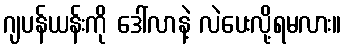
ဂျပန်ယန်းကို ဒေါ်လာနဲ့ လဲပေးလို့ရမလား။